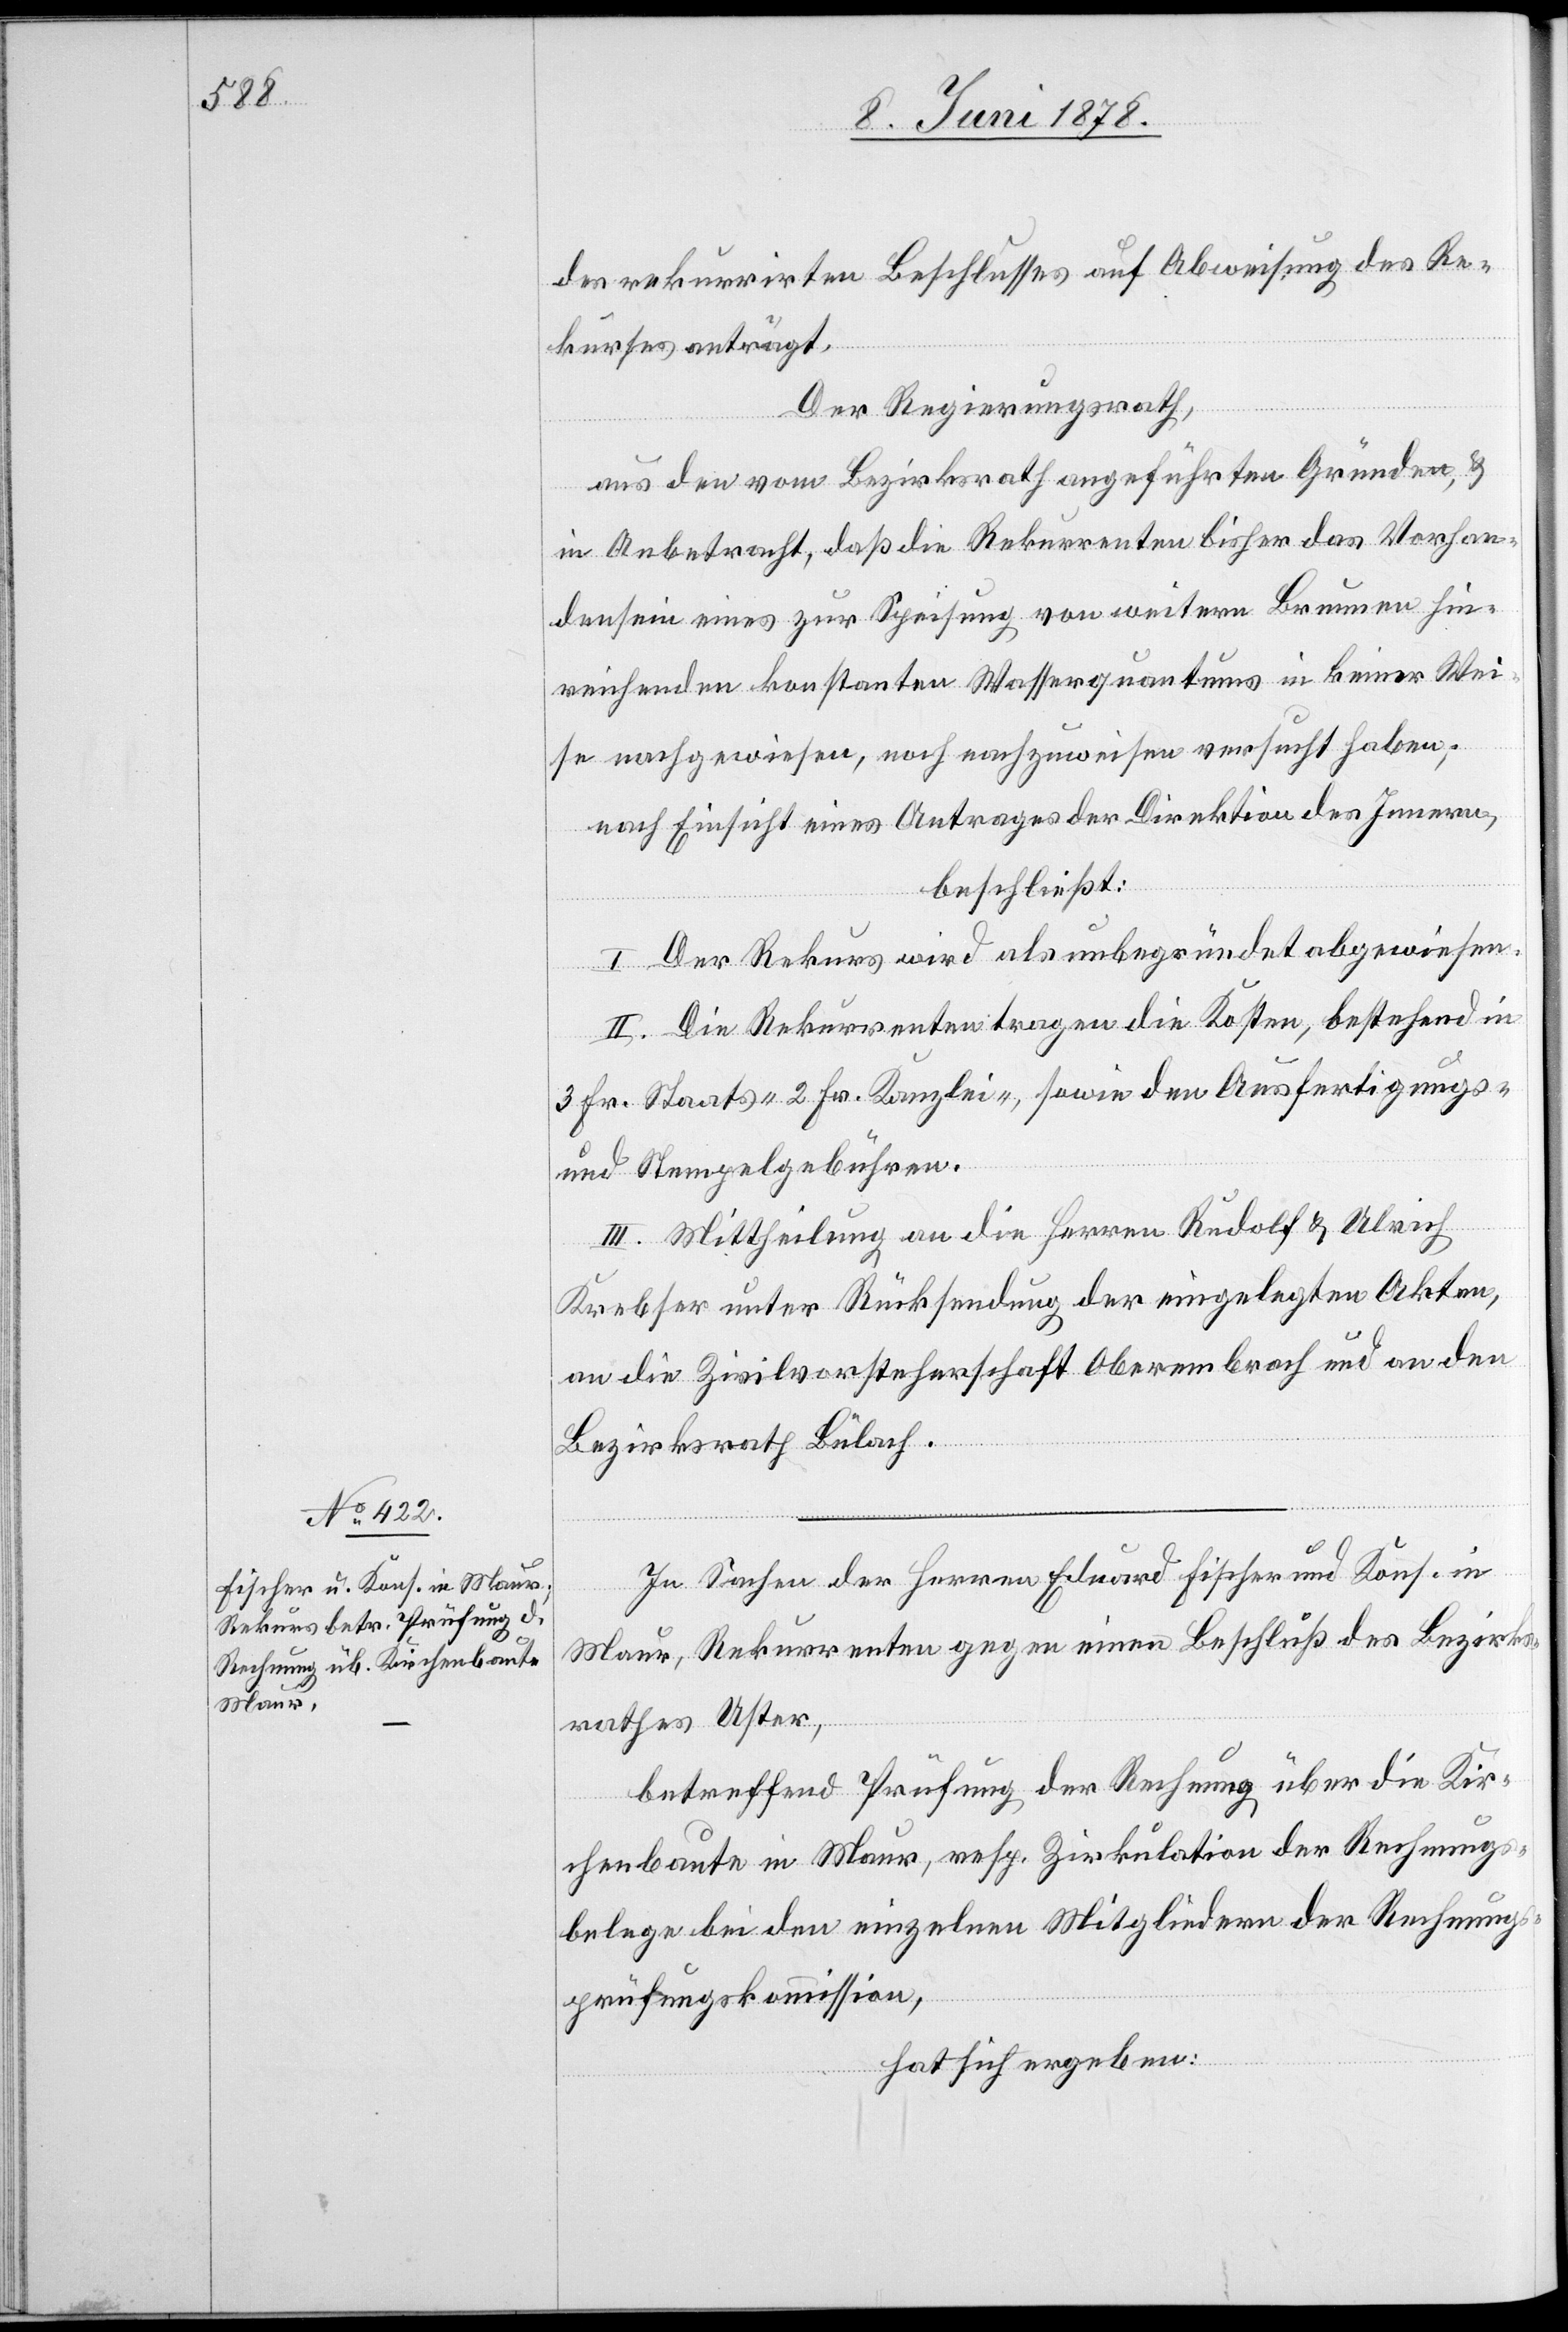
des rekurrirten Beschlusses auf Abweisung des Re¬
kurses anträgt.
Der Regierungsrath,
aus den vom Bezirksrath angeführten Gründen, &
in Anbetracht, daß die Rekurrenten bisher das Vorhan¬
densein eines zur Speisung von weitern Brunnen hin¬
reichenden konstanten Wasserquantums in keiner Wei¬
se nachgewiesen, noch nachzuweisen versucht haben;
nach Einsicht eines Antrages der Direktion des Innern,
beschließt:
I. Der Rekurs wird als unbegründet abgewiesen.
II. Die Rekurrenten tragen die Kosten, bestehend in
3 Fr. Staats-, 2 Fr. Kanzlei-, sowie den Ausfertigungs-
und Stempelgebühren.
III. Mittheilung an die Herren Rudolf & Ulrich
Krebser unter Rücksendung der eingelegten Akten,
an die Zivilvorsteherschaft Oberembrach und an den
Bezirksrath Bülach.
In Sachen der Herren Eduard Fischer und Kons. in
Maur, Rekurrenten gegen einen Beschluß des Bezirks¬
rathes Uster,
betreffend Prüfung der Rechnung über die Kir¬
chenbaute in Maur, resp. Zirkulation der Rechnungs¬
belege bei den einzelnen Mitgliedern der Rechnungs¬
prüfungskommission,
hat sich ergeben: